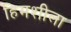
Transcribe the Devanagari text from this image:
हिमशीला